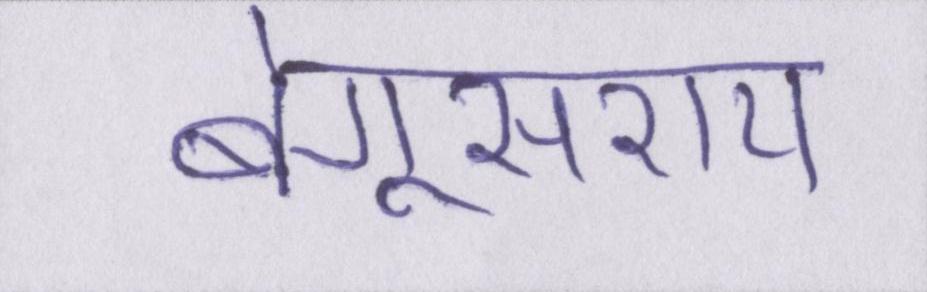
बेगूसराय